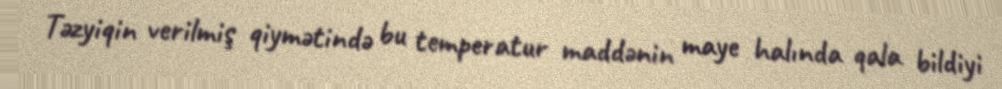
Təzyiqin verilmiş qiymətində bu temperatur maddənin maye halında qala bildiyi